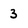
Character: 3